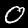
Label: 0